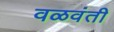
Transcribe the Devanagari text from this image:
वळवंती